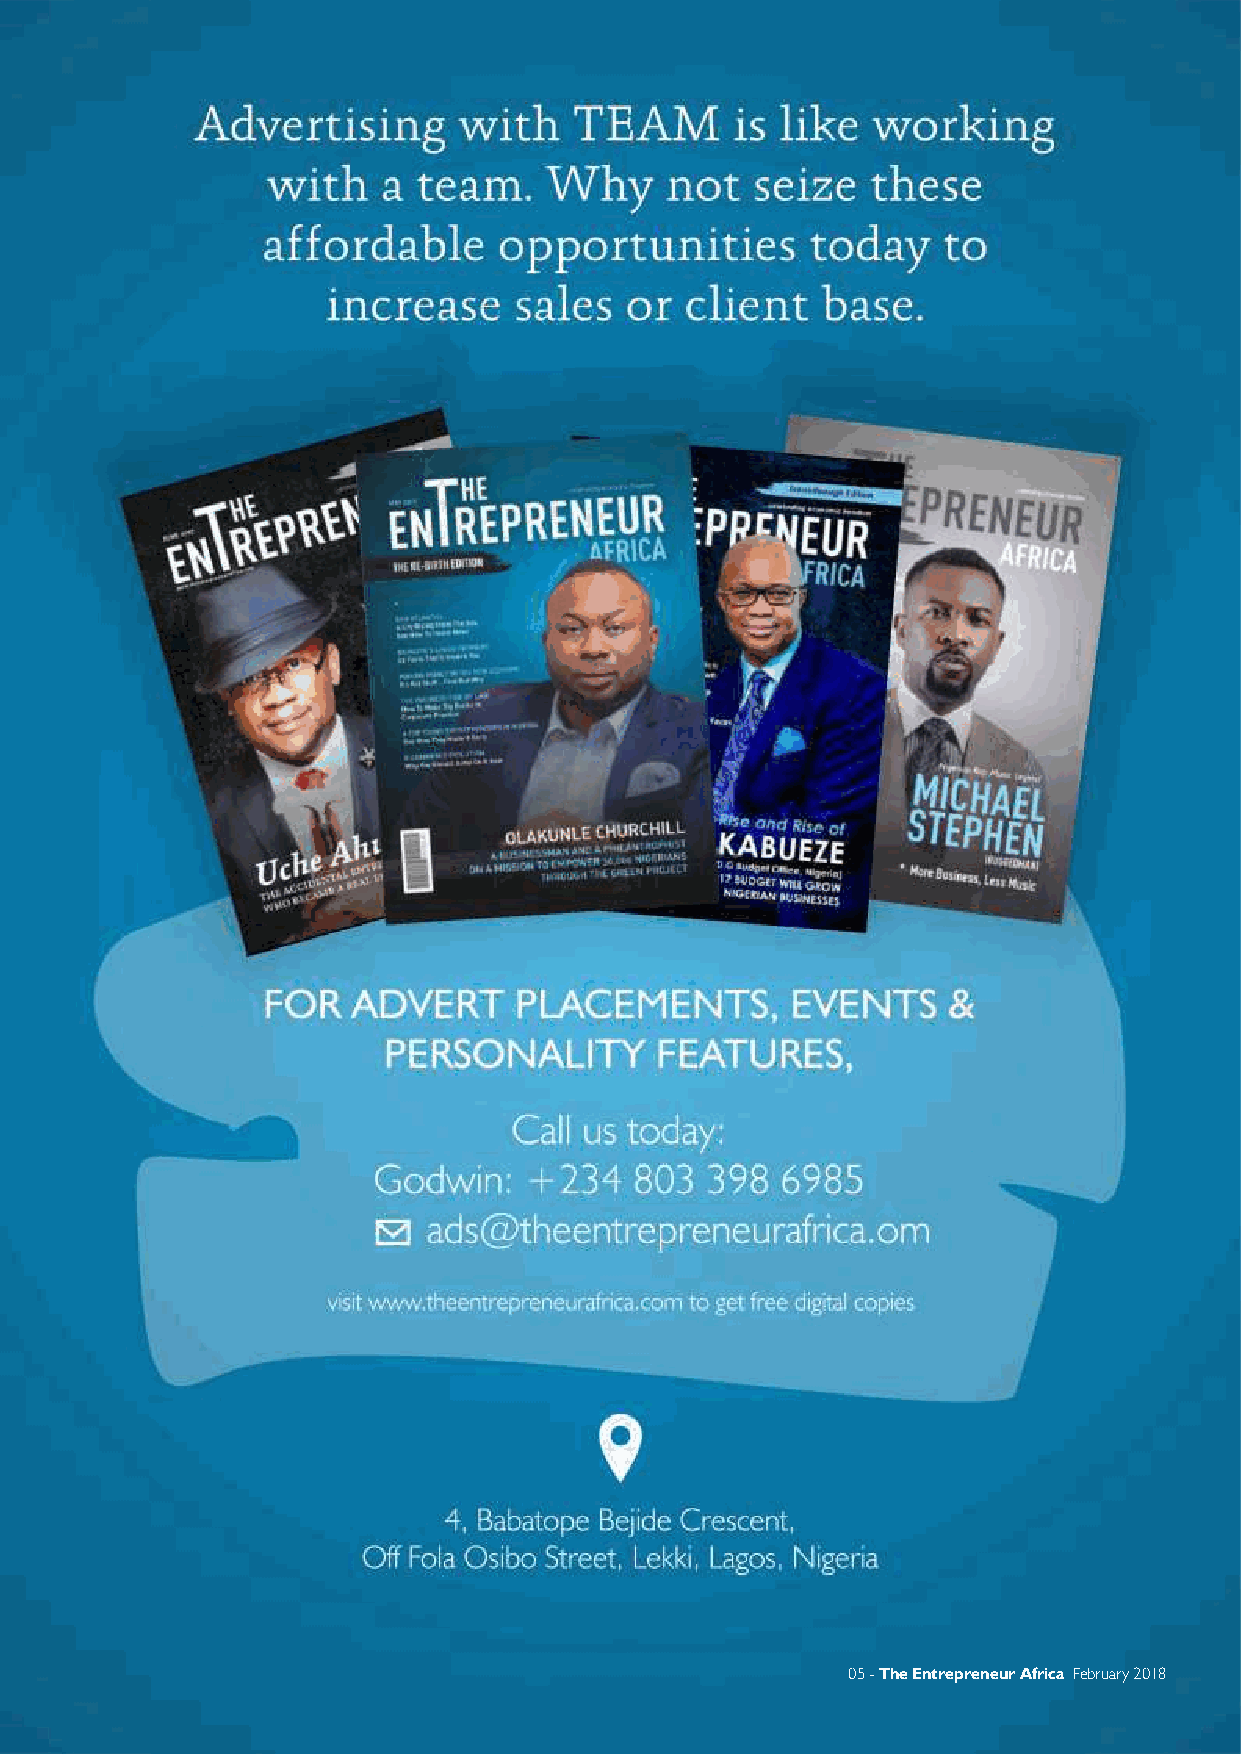
Contents
 20
 07 Effective Networking
 08 Banks That Support Small Businesses
 in Nigeria
 11
 Wemi Jones
 18 Masiyiwa This Month 29 Sales Ruby Vision Retreat
 20 Real Estate is a Big Business, But Not 32 Looking Good is Good Business
 Exclusively for ‘Big Men’
 34 Discovering Business Opportunities in
 2018
 11
 37
 5 Important Things To Do If You Want
 To Retire Early
 39
 Nigeria Economic Outlook
 40
 Where to Invest in Nigeria in 2018
 43 Why 2018 is a Good Year To Start a
 Business
 45
 Lucrative Businesses You Can Try Out
 This Year
 24
 I dropped out of school, Started
 TechPoint with N700,000; Now It’s
 Worth $20 Million
 27
 5 Reasons Why Customers are a
 Company’s Best Marketers
 28
 Business and Politics; The Nigerian
 24
 Siamese Twins
 February 2018 The Entrepreneur Africa - 04              05 - The Entrepreneur Africa February 2018